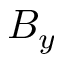
B _ { y }